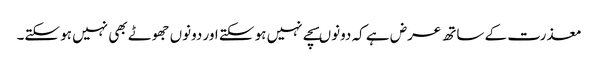
معذرت کے ساتھ عرض ہے کہ دونوںسچے نہیں ہو سکتے اور دونوں جھوٹے بھی نہیں ہو سکتے۔